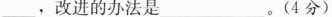
\underline，改进的办法是\underline。(4分)